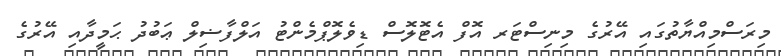
މިރަސްމިއްޔާތުގައި އޭރުގެ މިނިސްޓަރ އޮފް އެޓޮލޮސް ޑިވެލޮޕްމެންޓު އަލްފާޟިލް ޢަބުދު ޙަމީދާއި އޭރުގެ